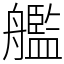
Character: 艦